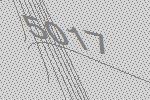
5017